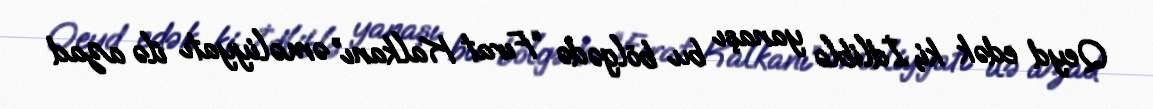
Qeyd edək ki, İdliblə yanaşı bu bölgədə “Fırat Kalkanı” əməliyyatı ilə azad